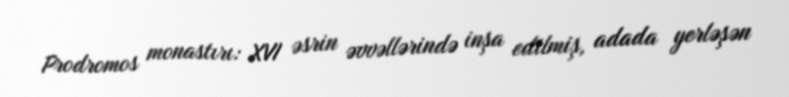
Prodromos monastırı: XVI əsrin əvvəllərində inşa edilmiş, adada yerləşən